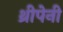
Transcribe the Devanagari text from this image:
थ्रीपेनी